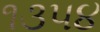
૧૩૫૪